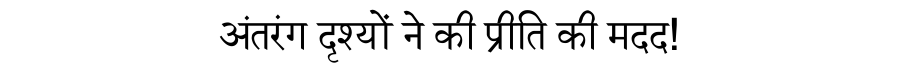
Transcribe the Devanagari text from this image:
अंतरंग दृश्यों ने की प्रीति की मदद!